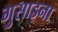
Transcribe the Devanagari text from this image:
गुसाइना